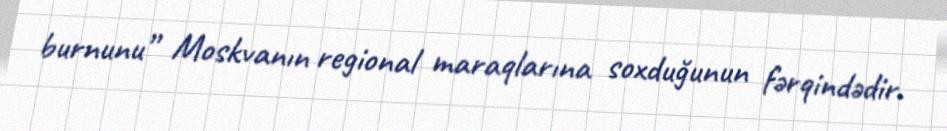
burnunu” Moskvanın regional maraqlarına soxduğunun fərqindədir.